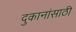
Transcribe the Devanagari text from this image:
दुकानांसाठी